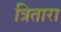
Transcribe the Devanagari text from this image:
त्रितारा